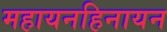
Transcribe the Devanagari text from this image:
महायनहिनायन